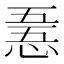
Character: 𢛤